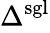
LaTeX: \Delta_{\mathrm{}}^{\mathrm{sgl}}